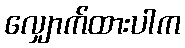
လျှောက်ထားပါက